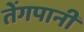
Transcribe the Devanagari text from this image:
तेंगपानी